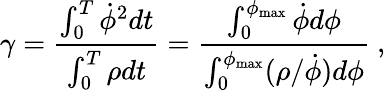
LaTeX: \gamma=\frac{\int_{0}^{T}\dot{\phi}^{2}dt}{\int_{0}^{T}\rho dt}=\frac{\int_{0}^{\phi_{\mathrm{{max}}}}\dot{\phi}d\phi}{\int_{0}^{\phi_{{\mathrm{max}}}}(\rho/\dot{\phi})d\phi}~,